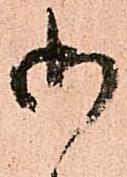
御